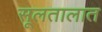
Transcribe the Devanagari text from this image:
सूलतालात